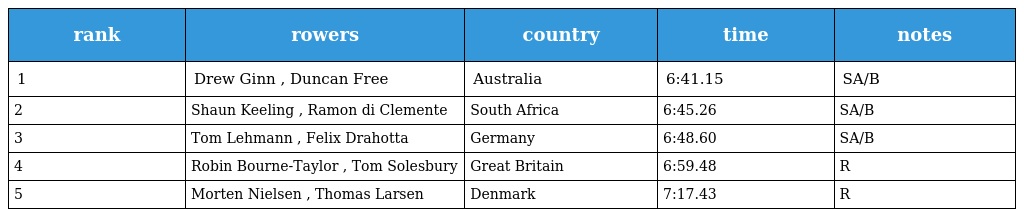
| rank | rowers | country | time | notes |
 | --- | --- | --- | --- | --- |
 | 1 | Drew Ginn , Duncan Free | Australia | 6:41.15 | SA/B |
 | 2 | Shaun Keeling , Ramon di Clemente | South Africa | 6:45.26 | SA/B |
 | 3 | Tom Lehmann , Felix Drahotta | Germany | 6:48.60 | SA/B |
 | 4 | Robin Bourne-Taylor , Tom Solesbury | Great Britain | 6:59.48 | R |
 | 5 | Morten Nielsen , Thomas Larsen | Denmark | 7:17.43 | R |